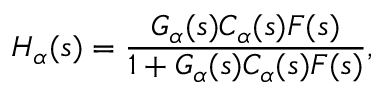
H _ { \alpha } ( s ) = \frac { G _ { \alpha } ( s ) C _ { \alpha } ( s ) F ( s ) } { 1 + G _ { \alpha } ( s ) C _ { \alpha } ( s ) F ( s ) } ,